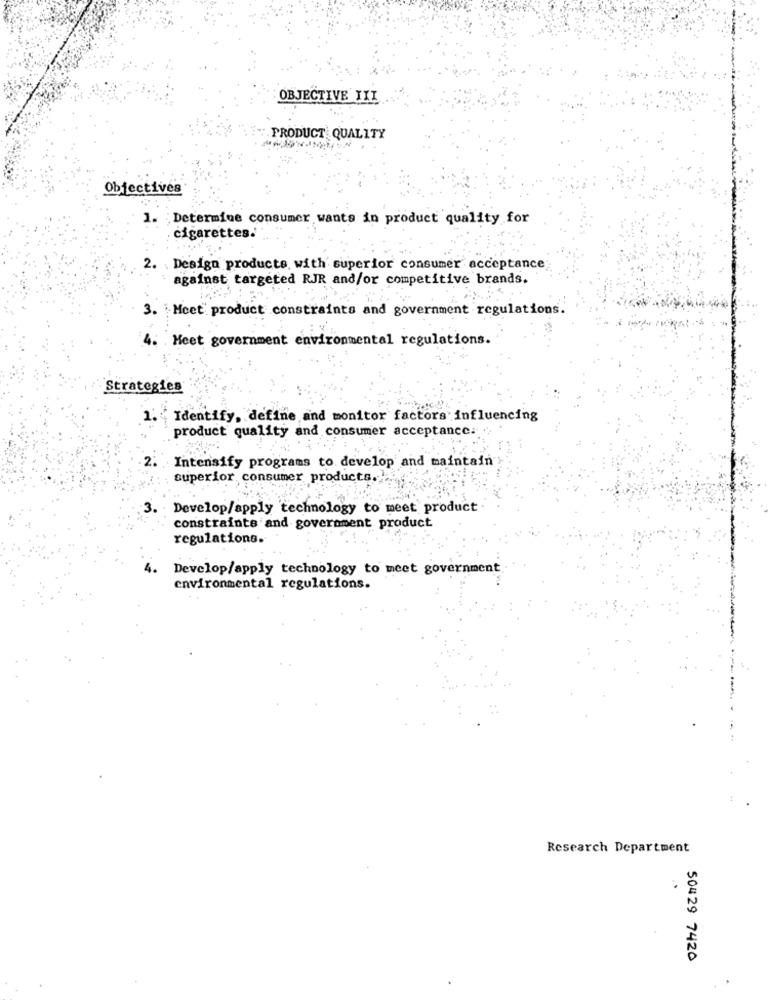
OBJECTIVE III
PRODUCT QUALITY
Objectives
1. Determine consumer wants in product quality for
cigarettes. .
2. Design products with superior consumer acceptance
against targeted RJR and/or competitive brands.
3.
Mcet product constraints and government regulations
4. Meet government environmental regulations.
Strategies
1. Identify, define and monitor factors influencing
product quality and consumer acceptance.
Intensify programs to develop and maintain
superior consumer products
Develop/apply technology to meet product
constraints and government product
regulations.
Develop/apply technology to meet government.
environmental regulations.
Research Department
50429 7420